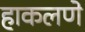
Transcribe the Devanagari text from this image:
हाकलणे